Annual vaccination report of Bihar and Orissa - 1911-1928
Year: 1911
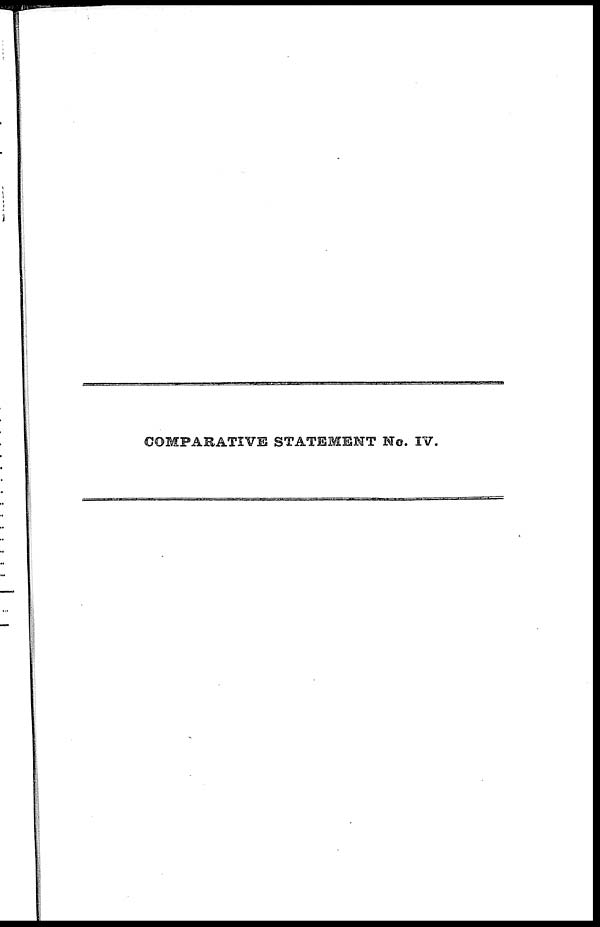
COMPARATIVE STATEMENT No. IV.